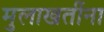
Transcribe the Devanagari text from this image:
मुलाखतींना